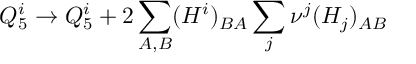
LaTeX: Q _ { 5 } ^ { i } \to Q _ { 5 } ^ { i } + 2 \sum _ { A , B } ( H ^ { i } ) _ { B A } \sum _ { j } \nu ^ { j } ( H _ { j } ) _ { A B }